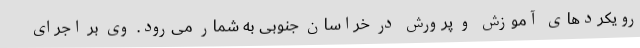
رویکردهای آموزش و پرورش در خراسان جنوبی به شمار می‌رود. وی بر اجرای